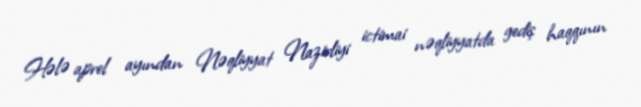
Hələ aprel ayından Nəqliyyat Nazirliyi ictimai nəqliyyatda gediş haqqının